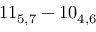
1 1 _ { 5 , 7 } - 1 0 _ { 4 , 6 }